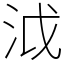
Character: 泧